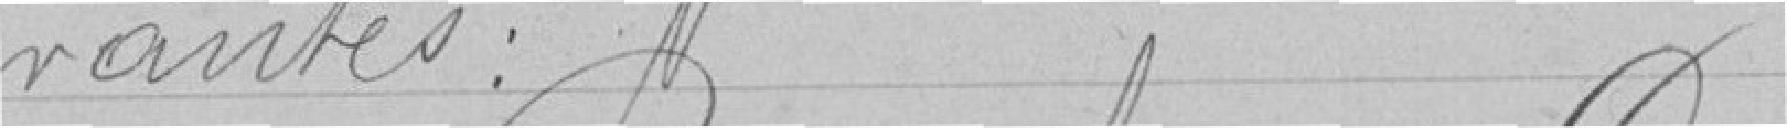
vantes :